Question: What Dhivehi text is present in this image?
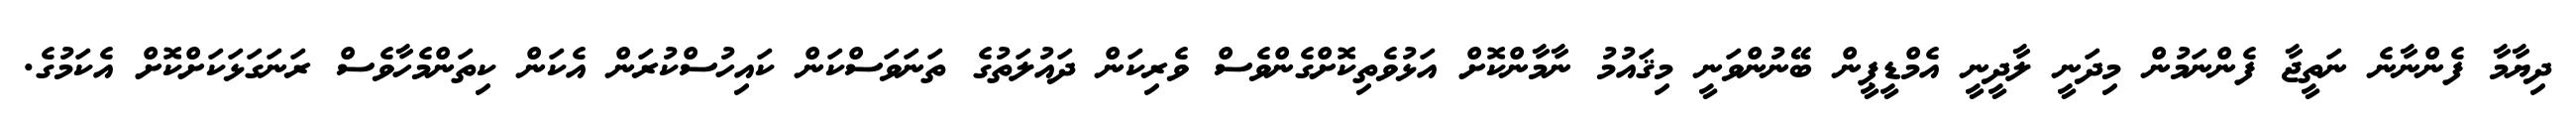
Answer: ދިޔާމާ ފެންނާނެ ނަތީޖާ ފެންނަމުން މިދަނީ ލާދީނީ އެމްޑީޕީން ބޭނުންވަނީ މިޤައުމު ނާމާންކޮށް އަޅުވެތިކޮށްގެންވެސް ވެރިކަން ދައުލަތުގެ ތަނަވަސްކަން ކައިހުސްކުރަން އެކަން ކިތަންމެހާވެސް ރަނަގަޅަކަށްކޮށް އެކަމުގެ.